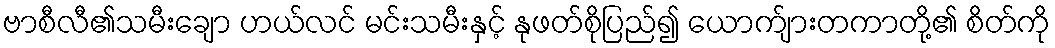
ဗာစီလီ၏သမီးချော ဟယ်လင် မင်းသမီးနှင့် နုဖတ်စိုပြည်၍ ယောက်ျားတကာတို့၏ စိတ်ကို